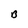
Character: B